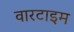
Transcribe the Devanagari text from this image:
वारटाइम